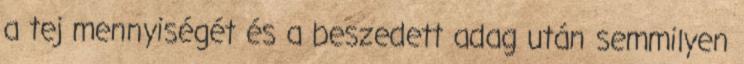
a tej mennyiségét és a beszedett adag után semmilyen